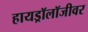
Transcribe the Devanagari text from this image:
हायड्रॉलॉजीवर